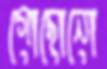
গোছোনো